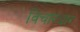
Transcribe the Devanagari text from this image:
विचारधार